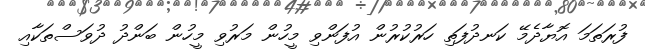
ފުރަތަމަ އޮޔާދެމޭ ކަނދުފަތި ހަރުކުރުން އުފަންވި މީހުން މަރުވި މީހުން ބަންދު ދުވަސްތަކާއި